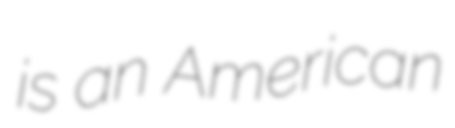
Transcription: is an American